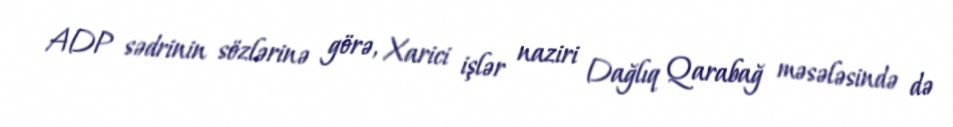
ADP sədrinin sözlərinə görə, Xarici işlər naziri Dağlıq Qarabağ məsələsində də